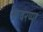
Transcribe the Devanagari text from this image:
सावरय्या